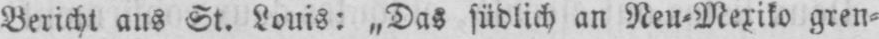
Bericht aus St. Louis: „Das südlich an Neu⸗Meriko gren⸗